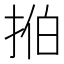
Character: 𫼻